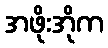
အဖိုးအိုက